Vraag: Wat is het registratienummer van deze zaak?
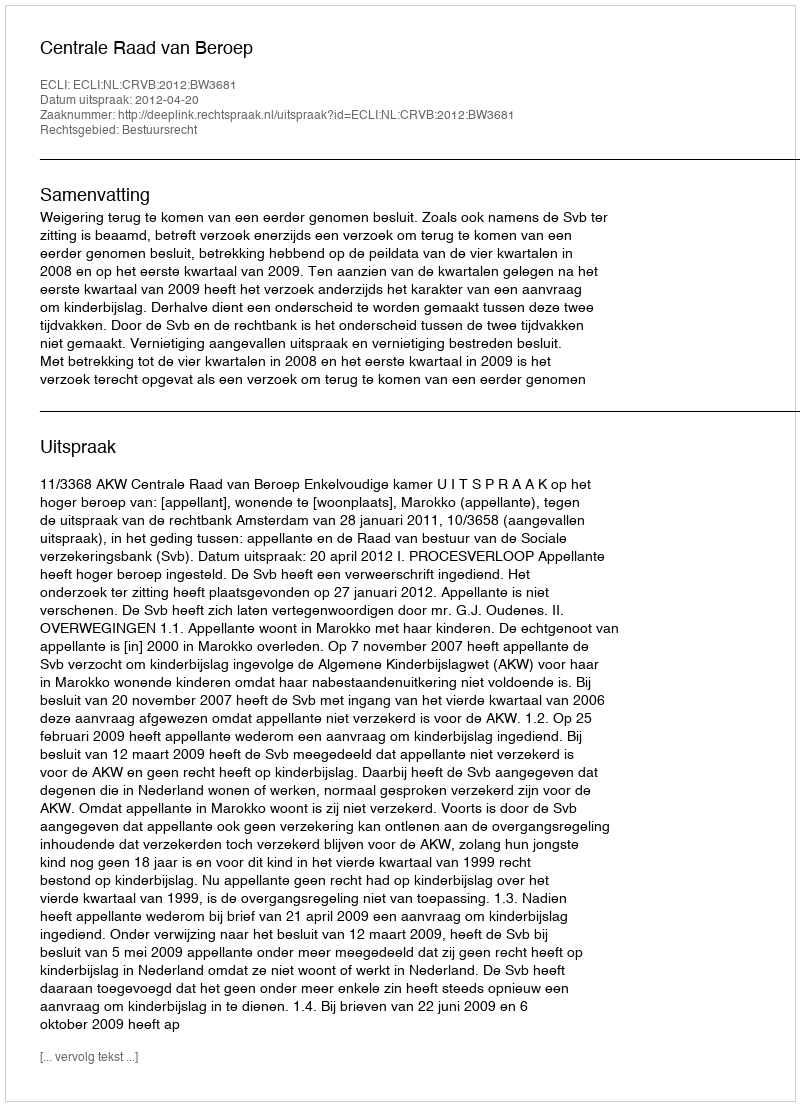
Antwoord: http://deeplink.rechtspraak.nl/uitspraak?id=ECLI:NL:CRVB:2012:BW3681